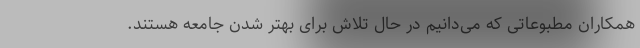
همکاران مطبوعاتی که می‌دانیم در حال تلاش برای بهتر شدن جامعه هستند.